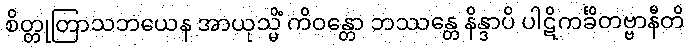
စိတ္တုတြာသဘယေန အာယုသ္မိံ ကိဝန္တော ဘဿန္တေ နိန္ဒာပိ ပါဋိကင်္ခိတဗ္ဗာနီတိ